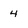
Character: 4